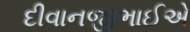
દીવાનજીભાઈએ